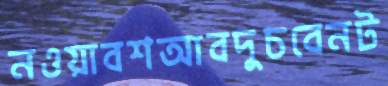
নওয়াবশআবদুচবেনট